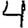
Digit: 4